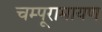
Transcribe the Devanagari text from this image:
चम्पूरामायण